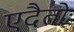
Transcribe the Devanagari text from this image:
एदैतोः